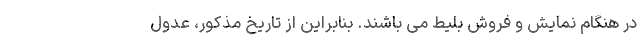
در هنگام نمایش و فروش بلیط می باشند. بنابراین از تاریخ مذکور، عدول